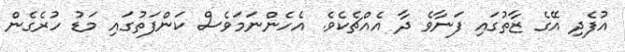
އުފެދި އޭގެ ޒާތުގައި ފަނާވެ ދާ އެއްޗެކެވެ. އެހެންނަމަވެސް ކަންފަތުގައި މަޑު ހުރެގެން